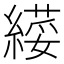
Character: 𦄫